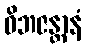
ဝိဘဇန္တာနံ